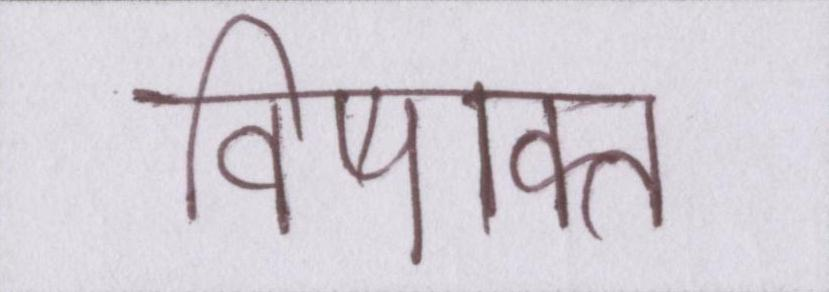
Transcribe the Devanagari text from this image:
विषाक्त